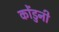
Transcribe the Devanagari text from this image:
कोंडुनी